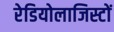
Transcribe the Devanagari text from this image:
रेडियोलाजिस्टों